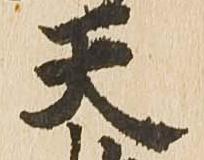
天